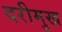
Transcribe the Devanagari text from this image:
दरीमुख